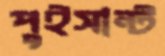
পুইসান্ট